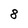
Character: 8